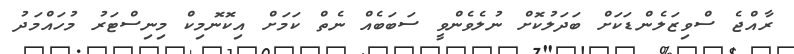
ރާއްޖެ ސްވިޒަލެންޑަކަށް ބަދަލުކޮށް ނުލެވެންވީ ސަބަބެއް ނެތް ކަމަށް އިކޮނޮމިކް މިނިސްޓަރު މުހައްމަދު